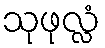
သုဖုလ္လံ